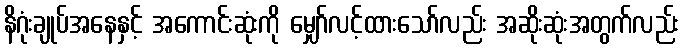
နိဂုံးချုပ်အနေနှင့် အကောင်းဆုံးကို မျှော်လင့်ထားသော်လည်း အဆိုးဆုံးအတွက်လည်း